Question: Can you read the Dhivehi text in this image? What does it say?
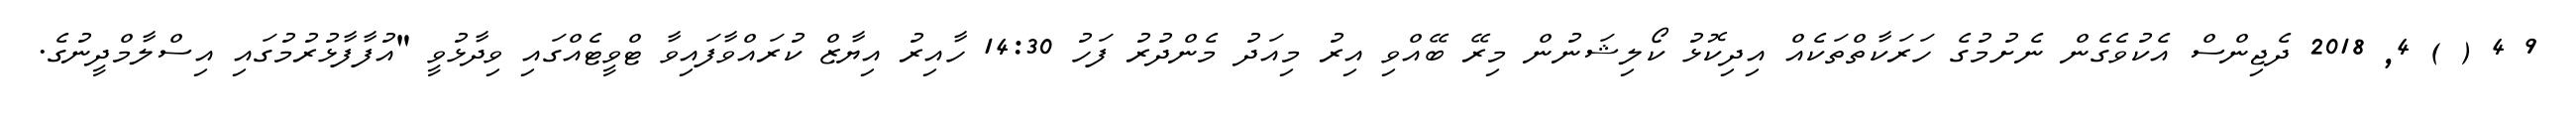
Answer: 9 4 ( ) 4, 2018 ދެޖިންސް އެކުވެގެން ނެށުމުގެ ހަރަކާތްތަކެއް އިދިކޮޅު ކޯލިޝަނުން މިރޭ ބޭއްވި އިރު މިއަދު މެންދުރު ފަހު 14:30 ހާއިރު އިޔާޒް ކުރައްވާފައިވާ ޓްވީޓެއްގައި ވިދާޅުވީ "އުފާފާޅުރުމުގައި އިސްލާމްދީނުގެ.